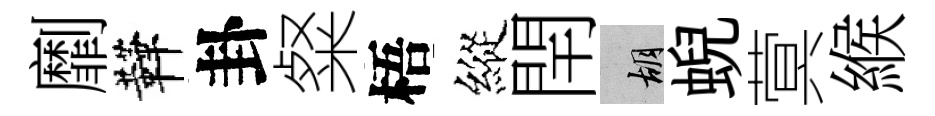
劘鞾卦粲梧縱閈胡蜺蓂緱